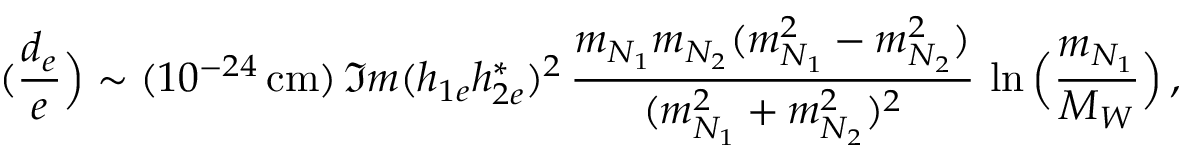
( \frac { d _ { e } } { e } \Big ) \sim ( 1 0 ^ { - 2 4 } \, \mathrm { c m } ) \, \Im m ( h _ { 1 e } h _ { 2 e } ^ { * } ) ^ { 2 } \, \frac { m _ { N _ { 1 } } m _ { N _ { 2 } } ( m _ { N _ { 1 } } ^ { 2 } - m _ { N _ { 2 } } ^ { 2 } ) } { ( m _ { N _ { 1 } } ^ { 2 } + m _ { N _ { 2 } } ^ { 2 } ) ^ { 2 } } \, \ln \Big ( \frac { m _ { N _ { 1 } } } { M _ { W } } \Big ) \, ,